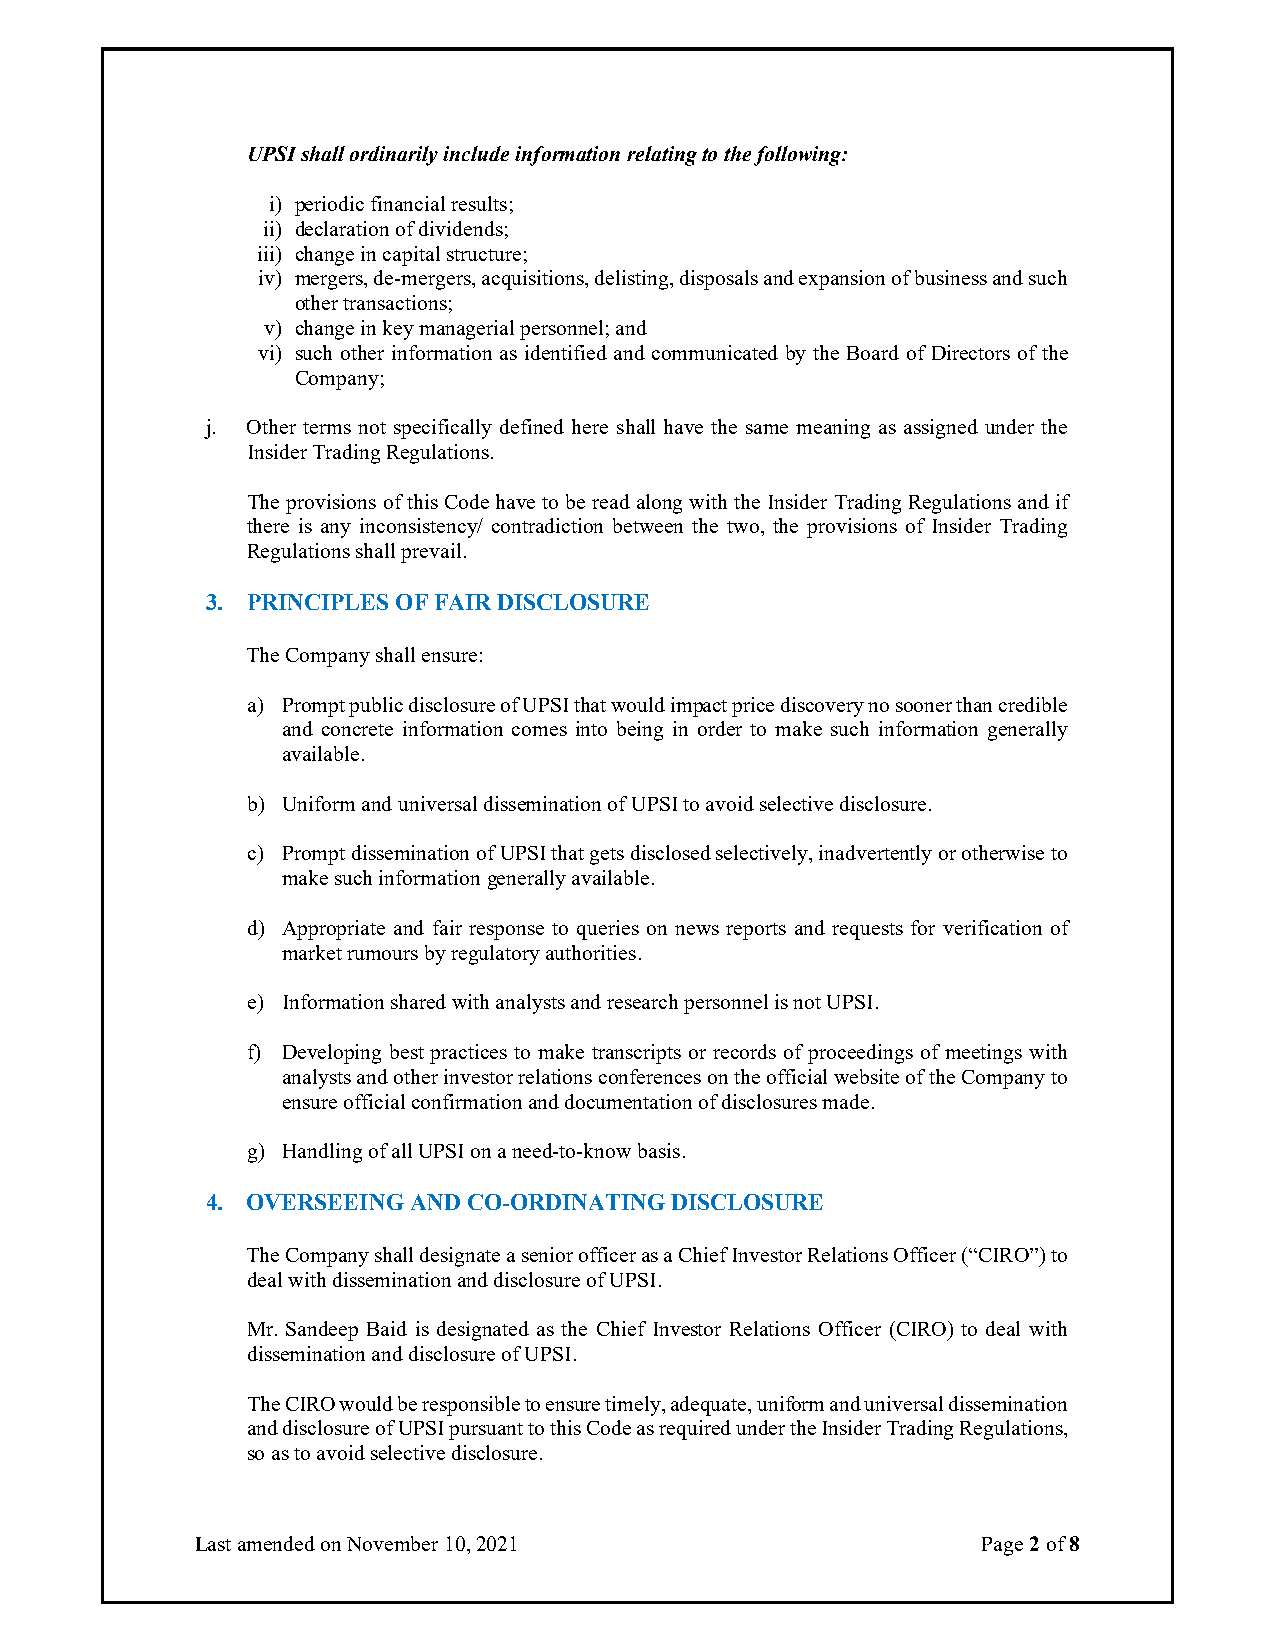
UPSI shall ordinarily include information relating to the following:
 i) periodic financial results;
 ii) declaration of dividends;
 iii) change in capital structure;
 iv) mergers, de-mergers, acquisitions, delisting, disposals and expansion of business and such
 other transactions;
 v) change in key managerial personnel; and
 vi) such other information as identified and communicated by the Board of Directors of the
 Company;
 j. Other terms not specifically defined here shall have the same meaning as assigned under the
 Insider Trading Regulations.
 The provisions of this Code have to be read along with the Insider Trading Regulations and if
 there is any inconsistency/ contradiction between the two, the provisions of Insider Trading
 Regulations shall prevail.
 3. PRINCIPLES OF FAIR DISCLOSURE
 The Company shall ensure:
 a) Prompt public disclosure of UPSI that would impact price discovery no sooner than credible
 and concrete information comes into being in order to make such information generally
 available.
 b) Uniform and universal dissemination of UPSI to avoid selective disclosure.
 c) Prompt dissemination of UPSI that gets disclosed selectively, inadvertently or otherwise to
 make such information generally available.
 d) Appropriate and fair response to queries on news reports and requests for verification of
 market rumours by regulatory authorities.
 e) Information shared with analysts and research personnel is not UPSI.
 f) Developing best practices to make transcripts or records of proceedings of meetings with
 analysts and other investor relations conferences on the official website of the Company to
 ensure official confirmation and documentation of disclosures made.
 g) Handling of all UPSI on a need-to-know basis.
 4. OVERSEEING AND CO-ORDINATING DISCLOSURE
 The Company shall designate a senior officer as a Chief Investor Relations Officer (“CIRO”) to
 deal with dissemination and disclosure of UPSI.
 Mr. Sandeep Baid is designated as the Chief Investor Relations Officer (CIRO) to deal with
 dissemination and disclosure of UPSI.
 The CIRO would be responsible to ensure timely, adequate, uniform and universal dissemination
 and disclosure of UPSI pursuant to this Code as required under the Insider Trading Regulations,
 so as to avoid selective disclosure.
 Last amended on November 10, 2021                   Page 2 of 8